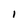
Character: I